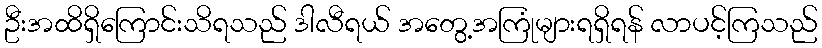
ဦးအထိရှိကြောင်းသိရသည် ဒါလီရယ် အတွေ့အကြုံများရရှိရန် လာပင့်ကြသည်